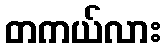
တကယ်လား